Report of the Indian Hemp Drugs Commission, 1894-1895 - Volume VI
Year: 1894
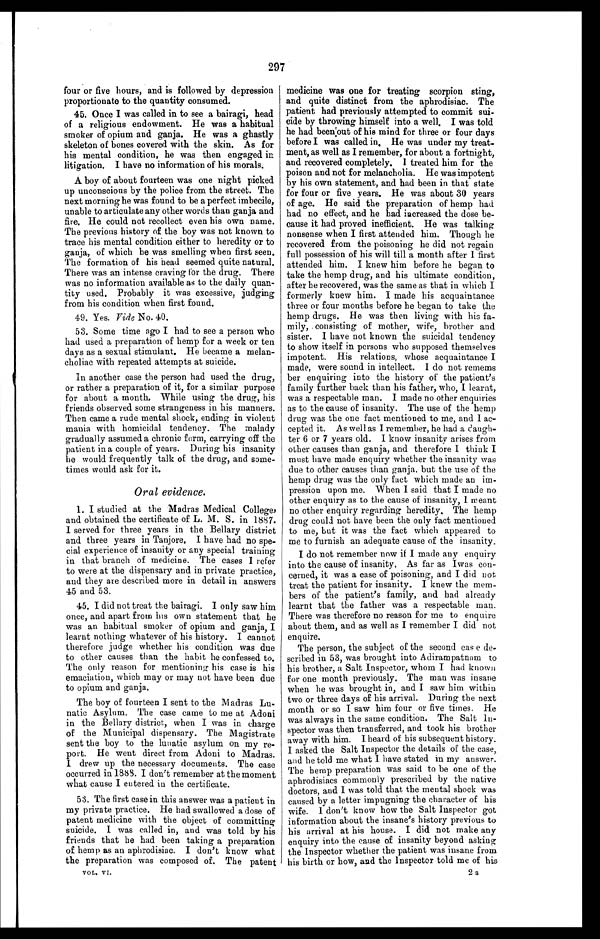
297
four or five hours, and is followed by depression
proportionate to the quantity consumed.
45. Once I was called in to see a bairagi, head
of a religious endowment. He was a habitual
smoker of opium and ganja. He was a ghastly
skeleton of bones covered with the skin. As for
his mental condition, he was then engaged in
litigation. I have no information of his morals.
A boy of about fourteen was one night picked
up unconscious by the police from the street. The
next morning he was found to be a perfect imbecile,
unable to articulate any other words than ganja and
fire. He could not recollect even his own name.
The previous history of the boy was not known to
trace his mental condition either to heredity or to
ganja, of which he was smelling when first seen.
The formation of his head seemed quite natural.
There was an intense craving for the drug. There
was no information available as to the daily quan
- t i t y u s e d . P r o b a b l y i t w a s e x c e s s i v e , j u d g i n g
from his condition when first found.
49. Yes. Vide No. 40.
53. Some time ago I had to see a person who
had used a preparation of hemp for a week or ten
days as a sexual stimulant. He became a melan
- c h o l i a c w i t h r e p e a t e d a t t e m p t s a t s u i c i d e .
In another case the person had used the drug,
or rather a preparation of it, for a similar purpose
for about a month. While using the drug, his
friends observed some strangeness in his manners.
Then came a rude mental shock, ending in violent
mania with homicidal tendency. The malady
gradually assumed a chronic form, carrying off the
patient in a couple of years. During his insanity
he would frequently talk of the drug, and some
- t i m e s w o u l d a s k f o r i t .
Oral evidence.
1. I studied at the Madras Medical College,
and obtained the certificate of L. M. S. in 1887.
I served for three years in the Bellary district
and three years in Tanjore. I have had no spe
-cial experience of insanity or any special training
in that branch of medicine. The cases I refer
to were at the dispensary and in private practice,
and they are described more in detail in answers
45 and 53.
45. I did not treat the bairagi. I only saw him
once, and apart from his own statement that he
was an habitual smoker of opium and ganja, I
learnt nothing whatever of his history. I cannot
therefore judge whether his condition was due
to other causes than the habit he confessed to.
The only reason for mentioning his case is his
emaciation, which may or may not have been due
to opium and ganja.
The boy of fourteen I sent to the Madras Lu
-natic Asylum. The case came to me at Adoni
in the Bellary district, when I was in charge
of the Municipal dispensary. The Magistrate
sent the boy to the lunatic asylum on my re
-port. He went direct from Adoni to Madras.
I drew up the necessary documents. The case
occurred in 1888. I don't remember at the moment
what cause I entered in the certificate.
53. The first case in this answer was a patient in
my private practice. He had swallowed a dose of
patent medicine with the object of committing
suicide. I was called in, and was told by his
friends that he had been taking a preparation
of hemp as an aphrodisiac. I don't know what
the preparation was composed of. The patent
VOL. VI.
medicine was one for treating scorpion sting,
and quite distinct from the aphrodisiac. The
patient had previously attempted to commit sui
- c i d e
b y t h r o w i n g h i m s e l f i n t o a w e l l , I w a s t o l d
he had been out of his mind for three or four days
before I was called in. He was under my treat
- m e n t , a s w e l l a s I r e m e m b e r , f o r a b o u t a f o r t n i g h t ,
and recovered completely. 1 treated him for the
poison and not for melancholia. He was impotent
by his own statement, and had been in that state
for four or five years. He was about 30 years
of age. He said the preparation of hemp had
had no effect, and he had increased the dose be
- c a u s e i t h a d p r o v e d i n e f f i c i e n t . H e w a s t a l k i n g
nonsense when I first attended him. Though he
recovered from the poisoning he did not regain
full possession of his will till a month after I first
attended him. I knew him before he began to
take the hemp drug, and his ultimate condition,
after he recovered, was the same as that in which I
formerly knew him. I made his acquaintance
three or four months before he began to take the
hemp drugs. He was then living with his fa
- m i l y , c o n s i s t i n g o f m o t h e r , w i f e , b r o t h e r a n d
sister. I have not known the suicidal tendency
to show itself in persons who supposed themselves
impotent. His relations, whose acquaintance I
made, were sound in intellect. I do not remem
b e r s e n q u i r i n g i n t o t h e h i s t o r y o f t h e p a t i e n t ' s
family further back than his father, who, I learnt,
was a respectable man. I made no other enquiries
as to the cause of insanity. The use of the hemp
drug was the one fact mentioned to me, and I ac
-cepted it. As well as I remember, he had a daugh
-ter 6 or 7 years old. I know insanity arises from
other causes than ganja, and therefore I think I
must have made enquiry whether the insanity was
due to other causes than ganja, but the use of the
hemp drug was the only fact which made an im-
-pression upon me. When I said that I made no
other enquiry as to the cause of insanity, I meant
no other enquiry regarding heredity, The hemp
drug could not have been the only fact mentioned
to me, but it was the fact which appeared to
me to furnish an adequate cause of the insanity.
I do not remember now if I made any enquiry
into the cause of insanity. As far as Iwas con
-cerned, it was a case of poisoning, and I did not
treat the patient for insanity. I knew the mem
-bers of the patient's family, and had already
learnt that the father was a respectable man.
There was therefore no reason for me to enquire
about them, and as well as I remember I did not
enquire.
The person, the subject of the second cas e de
- s c r i b e d i n 5 3 , w a s b r o u g h t i n t o A d i r a m p a t n a m t o
his brother, a Salt Inspector, whom I had k nown
for one month previously. The man was insane
when he was brought in, and I saw him within
two or three days of his arrival. During the next
month or so I saw him four or five times. He
was always in the same condition. The Salt In
-spector was then transferred, and took his brother
away with him. I heard of his subsequent history.
I asked the Salt Inspector the details of the case,
and he told me what I have stated in my answer.
The hemp preparation was said to be one of the
aphrodisiacs commonly prescribed by the native
doctors, and I was told that the mental shock was
caused by a letter impugning the character of his
wife. I don't know how the Salt Inspector got
information about the insane's history previous to
his arrival at his house. I did not make any
enquiry into the cause of insanity beyond asking
the Inspector whether the patient was insane from
his birth or how, and the inspector told me of his
2s